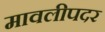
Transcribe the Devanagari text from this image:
मावलीपदर